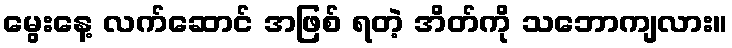
မွေးနေ့ လက်ဆောင် အဖြစ် ရတဲ့ အိတ်ကို သဘောကျလား။